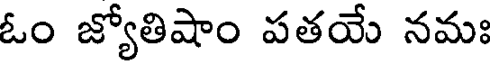
ఓం జ్యోతిషాం పతయే నమః